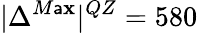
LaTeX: |{\Delta^{M\mathsf{a}\mathbf{x}}}|^{QZ}=580